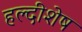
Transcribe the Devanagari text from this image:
हल्दीशेष